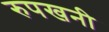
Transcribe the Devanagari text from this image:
रुपखनी